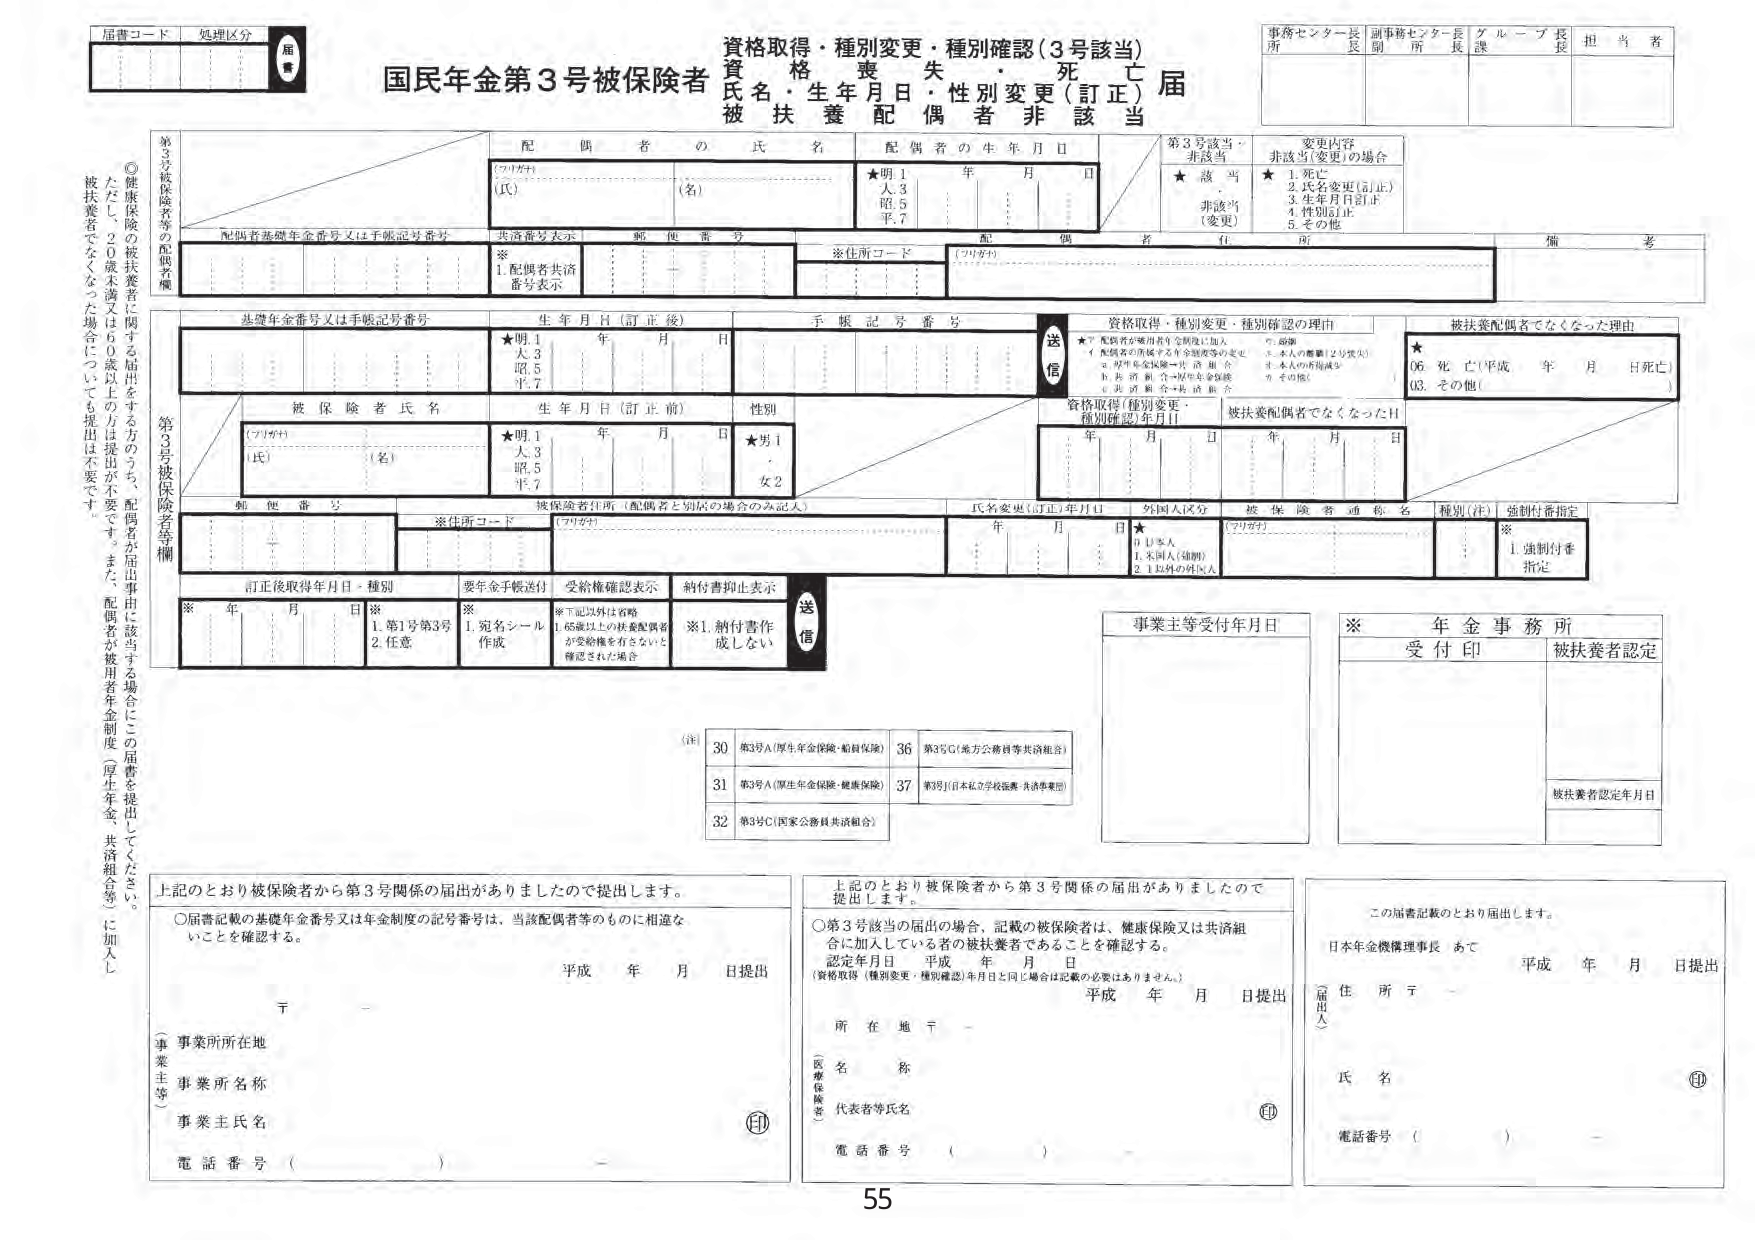
届書コード　処理区分　届書

資格取得・種別変更・種別確認（3号該当）
資　格　喪　失　・　死　亡
国民年金第3号被保険者　氏名・生年月日・性別変更（訂正）届
被扶養配偶者非該当

事務センター長　副事務センター長　グループ長　担当者
所　　長　　副　　所　　長　　課　　長

第3号被保険者等の配偶者欄
◎健康保険の被扶養者に関する届出をする方のうち、配偶者が届出事由に該当する場合にこの届書を提出してください。
ただし、20歳未満又は60歳以上の方は提出が不要です。また、配偶者が被用者年金制度（厚生年金・共済組合等）に加入し、被扶養者でなくなった場合についても提出は不要です。

配　偶　者　の　氏　名
（フリガナ）
（氏）